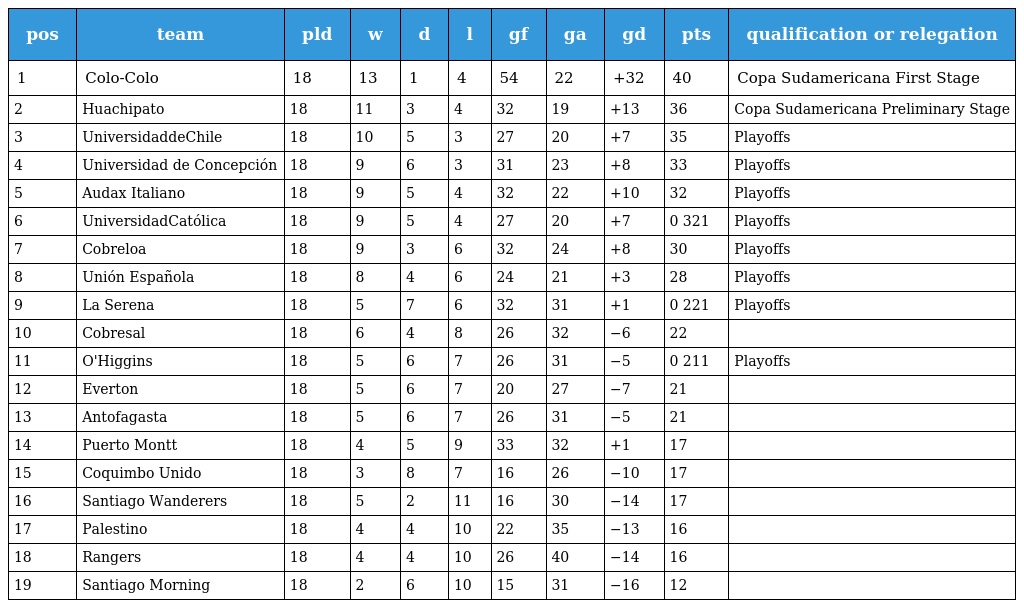
| pos | team | pld | w | d | l | gf | ga | gd | pts | qualification or relegation |
 | --- | --- | --- | --- | --- | --- | --- | --- | --- | --- | --- |
 | 1 | Colo-Colo | 18 | 13 | 1 | 4 | 54 | 22 | +32 | 40 | Copa Sudamericana First Stage |
 | 2 | Huachipato | 18 | 11 | 3 | 4 | 32 | 19 | +13 | 36 | Copa Sudamericana Preliminary Stage |
 | 3 | UniversidaddeChile | 18 | 10 | 5 | 3 | 27 | 20 | +7 | 35 | Playoffs |
 | 4 | Universidad de Concepción | 18 | 9 | 6 | 3 | 31 | 23 | +8 | 33 | Playoffs |
 | 5 | Audax Italiano | 18 | 9 | 5 | 4 | 32 | 22 | +10 | 32 | Playoffs |
 | 6 | UniversidadCatólica | 18 | 9 | 5 | 4 | 27 | 20 | +7 | 0 321 | Playoffs |
 | 7 | Cobreloa | 18 | 9 | 3 | 6 | 32 | 24 | +8 | 30 | Playoffs |
 | 8 | Unión Española | 18 | 8 | 4 | 6 | 24 | 21 | +3 | 28 | Playoffs |
 | 9 | La Serena | 18 | 5 | 7 | 6 | 32 | 31 | +1 | 0 221 | Playoffs |
 | 10 | Cobresal | 18 | 6 | 4 | 8 | 26 | 32 | −6 | 22 |  |
 | 11 | O'Higgins | 18 | 5 | 6 | 7 | 26 | 31 | −5 | 0 211 | Playoffs |
 | 12 | Everton | 18 | 5 | 6 | 7 | 20 | 27 | −7 | 21 |  |
 | 13 | Antofagasta | 18 | 5 | 6 | 7 | 26 | 31 | −5 | 21 |  |
 | 14 | Puerto Montt | 18 | 4 | 5 | 9 | 33 | 32 | +1 | 17 |  |
 | 15 | Coquimbo Unido | 18 | 3 | 8 | 7 | 16 | 26 | −10 | 17 |  |
 | 16 | Santiago Wanderers | 18 | 5 | 2 | 11 | 16 | 30 | −14 | 17 |  |
 | 17 | Palestino | 18 | 4 | 4 | 10 | 22 | 35 | −13 | 16 |  |
 | 18 | Rangers | 18 | 4 | 4 | 10 | 26 | 40 | −14 | 16 |  |
 | 19 | Santiago Morning | 18 | 2 | 6 | 10 | 15 | 31 | −16 | 12 |  |